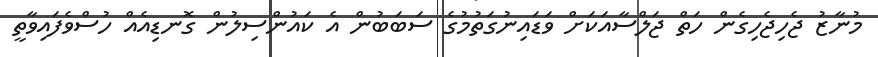
މުނާޒު ޖެހިޖެހިގެން ހަތް ޖަލްސާއަކަށް ވަޑައިނުގަތުމުގެ ސަބަބުން އެ ކައުންސިލުން ގޮނޑިއެއް ހުސްވެފައިވާތީ